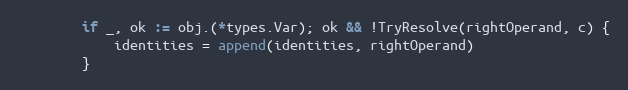
Language: Go
		if _, ok := obj.(*types.Var); ok && !TryResolve(rightOperand, c) {
			identities = append(identities, rightOperand)
		}